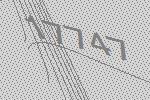
17747